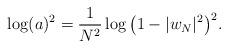
LaTeX: \begin{gather*}\log (a)^2=\frac1{N^2}\log \big(1-\vert w_N\vert^2\big)^2.\end{gather*}